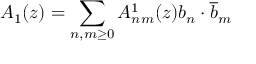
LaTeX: A _ { 1 } ( z ) = \sum _ { n , m \geq 0 } A _ { n m } ^ { 1 } ( z ) b _ { n } \cdot \overline { { b } } _ { m }